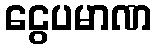
ငွေပမာဏ